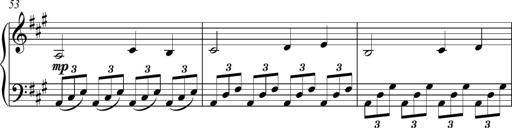
Title: Piano Sonatina in A major
Composer: Z Q Sysmoebius
Key: A major